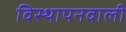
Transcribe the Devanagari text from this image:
विस्थापनवाली